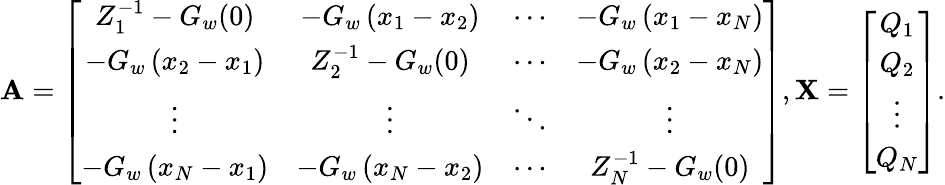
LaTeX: \mathbf{A}=\left[\begin{array}{cccc}{Z_{1}^{-1}-G_{w}(0)}&{-G_{w}\left(x_{1}-x_{2}\right)}&{\cdots}&{-G_{w}\left(x_{1}-x_{N}\right)}\\ {-G_{w}\left(x_{2}-x_{1}\right)}&{Z_{2}^{-1}-G_{w}(0)}&{\cdots}&{-G_{w}\left(x_{2}-x_{N}\right)}\\ {\vdots}&{\vdots}&{\ddots}&{\vdots}\\ {-G_{w}\left(x_{N}-x_{1}\right)}&{-G_{w}\left(x_{N}-x_{2}\right)}&{\cdots}&{Z_{N}^{-1}-G_{w}(0)}\end{array}\right],\mathbf{X}=\left[\begin{array}{c}{Q_{1}}\\ {Q_{2}}\\ {\vdots}\\ {Q_{N}}\end{array}\right].